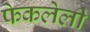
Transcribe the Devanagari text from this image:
फेकलेली